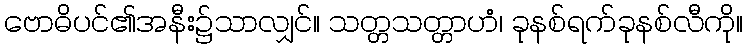
ဗောဓိပင်၏အနီး၌သာလျှင်။ သတ္တသတ္တာဟံ၊ ခုနစ်ရက်ခုနစ်လီကို။